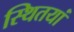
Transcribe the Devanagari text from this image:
स्थितयां